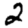
Digit: 2